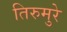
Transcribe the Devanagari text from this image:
तिरुमुरे